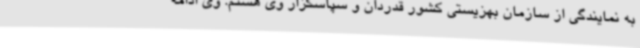
به نمایندگی از سازمان بهزیستی کشور قدردان و سپاسگزار وی هستم. وی ادامه